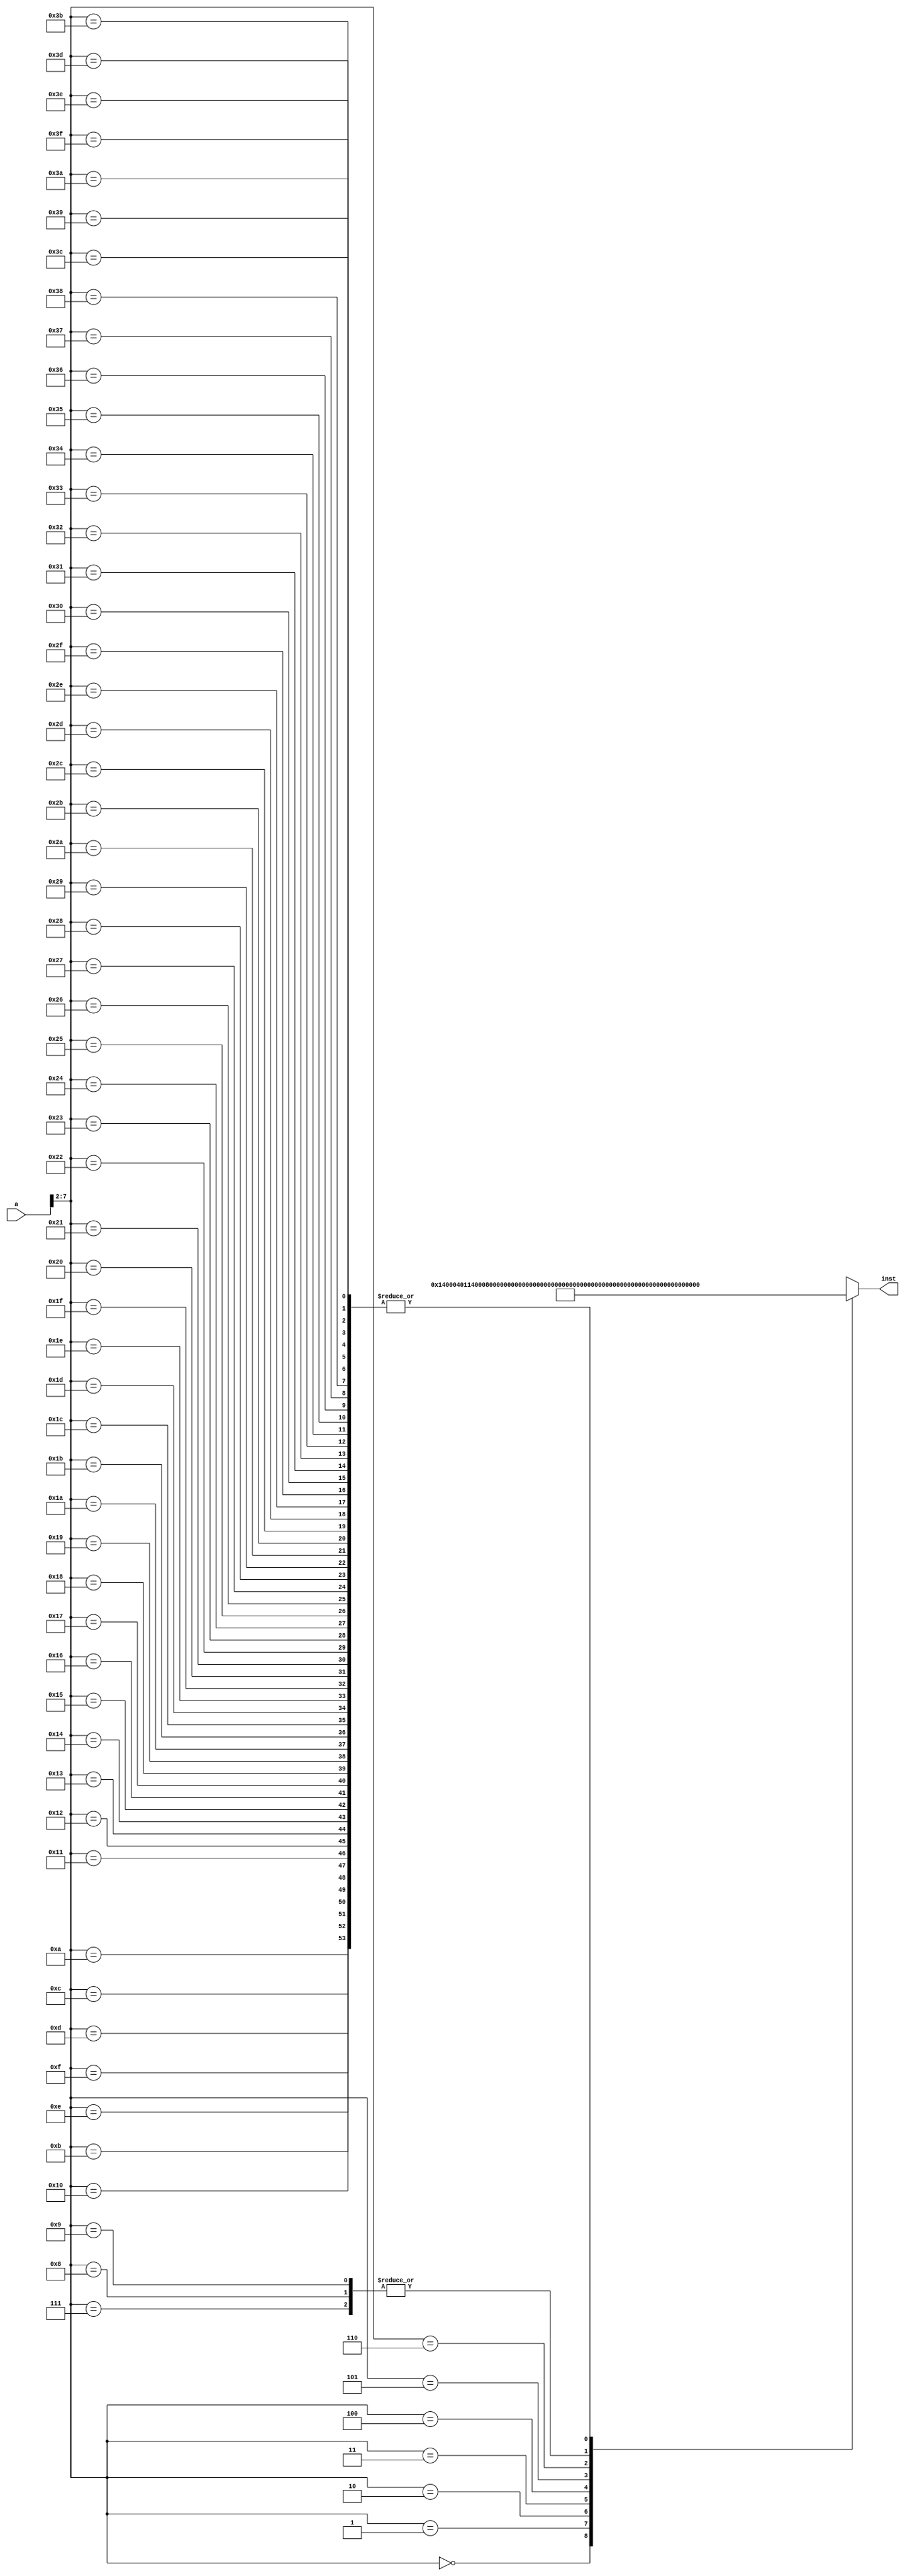
`timescale 1ns / 1ps

//////////////////////////////////////////////////////////////////////////////////

// Company: 

// Engineer: 

// 


// Design Name: 

// Module Name:    IP_ROM 

// Project Name: 

// Target Devices: 

// Tool versions: 

// Description: 

//

// Dependencies: 

//

// Revision: 

// Revision 0.01 - File Created

// Additional Comments: 

//

//////////////////////////////////////////////////////////////////////////////////

module IP_ROM(a,inst
    );
	 input [31:0] a;
	 output [31:0] inst;
	 wire [31:0] rom [0:63]; 
	 assign rom[6'h00]=32'h14000401;
	 assign rom[6'h01]=32'h14000802;
	 assign rom[6'h02]=32'h14001003;
	 assign rom[6'h03]=32'h00101422;
	 assign rom[6'h04]=32'h001018a3;
	 assign rom[6'h05]=32'h34000004;
	 assign rom[6'h06]=32'h00101c81;
	 assign rom[6'h07]=32'h00100000;
	 assign rom[6'h08]=32'h00100000;
	 assign rom[6'h09]=32'h00100000;
	 assign rom[6'h0A]=32'h00000000;
	 assign rom[6'h0B]=32'h00000000;
	 assign rom[6'h0C]=32'h00000000;
	 assign rom[6'h0D]=32'h00000000;
	 assign rom[6'h0E]=32'h00000000;
	 assign rom[6'h0F]=32'h00000000;
	 assign rom[6'h10]=32'h00000000;
	 assign rom[6'h11]=32'h00000000;
	 assign rom[6'h12]=32'h00000000;
	 assign rom[6'h13]=32'h00000000;
	 assign rom[6'h14]=32'h00000000;
	 assign rom[6'h15]=32'h00000000;
	 assign rom[6'h16]=32'h00000000;
	 assign rom[6'h17]=32'h00000000;
	 assign rom[6'h18]=32'h00000000;
	 assign rom[6'h19]=32'h00000000;
	 assign rom[6'h1A]=32'h00000000;
	 assign rom[6'h1B]=32'h00000000;
	 assign rom[6'h1C]=32'h00000000;
	 assign rom[6'h1D]=32'h00000000;
	 assign rom[6'h1E]=32'h00000000;
	 assign rom[6'h1F]=32'h00000000;
	 assign rom[6'h20]=32'h00000000;
	 assign rom[6'h21]=32'h00000000;
	 assign rom[6'h22]=32'h00000000;
	 
	 assign rom[6'h23]=32'h00000000;
	 assign rom[6'h24]=32'h00000000;
	 assign rom[6'h25]=32'h00000000;
	 assign rom[6'h26]=32'h00000000;
	 assign rom[6'h27]=32'h00000000;
	 assign rom[6'h28]=32'h00000000;
	 assign rom[6'h29]=32'h00000000;
	 assign rom[6'h2A]=32'h00000000;
	 assign rom[6'h2B]=32'h00000000;
	 assign rom[6'h2C]=32'h00000000;
	 assign rom[6'h2D]=32'h00000000;
	 assign rom[6'h2E]=32'h00000000;
	 assign rom[6'h2F]=32'h00000000;
	 assign rom[6'h30]=32'h00000000;
	 assign rom[6'h31]=32'h00000000;
	 assign rom[6'h32]=32'h00000000;
	 assign rom[6'h33]=32'h00000000;
	 assign rom[6'h34]=32'h00000000;
	 assign rom[6'h35]=32'h00000000;
	 assign rom[6'h36]=32'h00000000;
	 assign rom[6'h37]=32'h00000000;
	 assign rom[6'h38]=32'h00000000;
	 assign rom[6'h39]=32'h00000000;
	 assign rom[6'h3A]=32'h00000000;
	 assign rom[6'h3B]=32'h00000000;
	 assign rom[6'h3C]=32'h00000000;
	 assign rom[6'h3D]=32'h00000000;
	 assign rom[6'h3E]=32'h00000000;
	 assign rom[6'h3F]=32'h00000000;
	 
	 assign inst=rom[a[7:2]];
endmodule